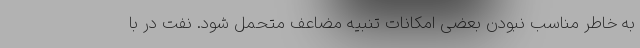
به خاطر مناسب نبودن بعضی امکانات تنبیه مضاعف متحمل شود. نفت در با